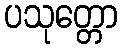
ပသုတ္တော